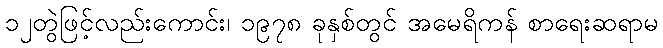
၁၂တွဲဖြင့်လည်းကောင်း၊ ၁၉၇၈ ခုနှစ်တွင် အမေရိကန် စာရေးဆရာမ